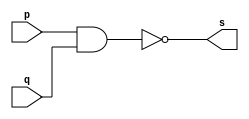
 
// ------------------------- 
// Exemplo0006 - NAND 
// Nome: Mateus Augusto Moraes Ferreira
// ------------------------- 
 
// ------------------------- 
// -- and gate 
// ------------------------- 
module nandgate ( output s,  
                               input  p,  
                               input  q); 
 assign s = (~(p & q)); 
endmodule // nandgate 
 
// --------------------- 
// -- test nand gate 
// --------------------- 
module testnandgate; 
// ------------------------- dados locais 
   reg   a, b; // definir registradores 
   wire  s;    // definir conexao (fio) 
// ------------------------- instancia 
   nandgate NAND1 (s, a, b); 
// ------------------------- preparacao 
   initial begin:start 
      a=0; b=0; 
   end
	 
// ------------------------- parte principal 
 
   initial begin 
      $display("Exemplo0006 - Mateus Augusto Moraes Ferreira - 435669"); 
      $display("Test NAND gate"); 
      $display("\n~((a & b) = s\n"); 
      a=0; b=0; 
  #1  $display("%b & %b = %b", a, b, s); 
      a=0; b=1; 
  #1  $display("%b & %b = %b", a, b, s); 
      a=1; b=0; 
  #1  $display("%b & %b = %b", a, b, s); 
      a=1; b=1; 
  #1  $display("%b & %b = %b", a, b, s); 
 end 
 
endmodule // testnandgate